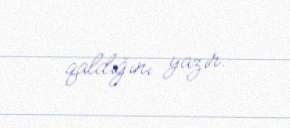
qaldığını yazır.